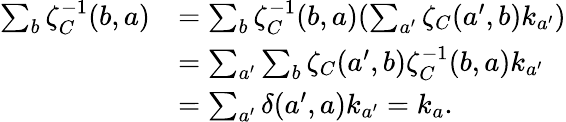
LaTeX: \begin{array}{rl}{\sum_{b}\zeta_{C}^{-1}(b,a)}&{=\sum_{b}\zeta_{C}^{-1}(b,a)(\sum_{a^{\prime}}\zeta_{C}(a^{\prime},b)k_{a^{\prime}})}\\ &{=\sum_{a^{\prime}}\sum_{b}\zeta_{C}(a^{\prime},b)\zeta_{C}^{-1}(b,a)k_{a^{\prime}}}\\ &{=\sum_{a^{\prime}}\delta(a^{\prime},a)k_{a^{\prime}}=k_{a}.}\end{array}